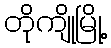
တိုကျိုမြို့